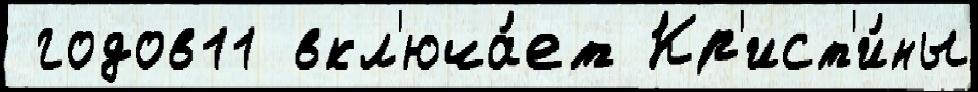
 годов11 вкл'юча́ет Кр'ист'и́ны